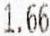
1.66